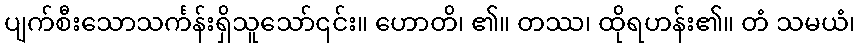
ပျက်စီးသောသင်္ကန်းရှိသူသော်၎င်း။ ဟောတိ၊ ၏။ တဿ၊ ထိုရဟန်း၏။ တံ သမယံ၊